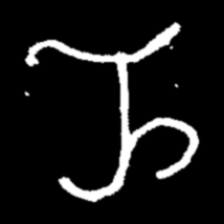
Pyu character \u2014 Myanmar letter: ည (romanized: nya)